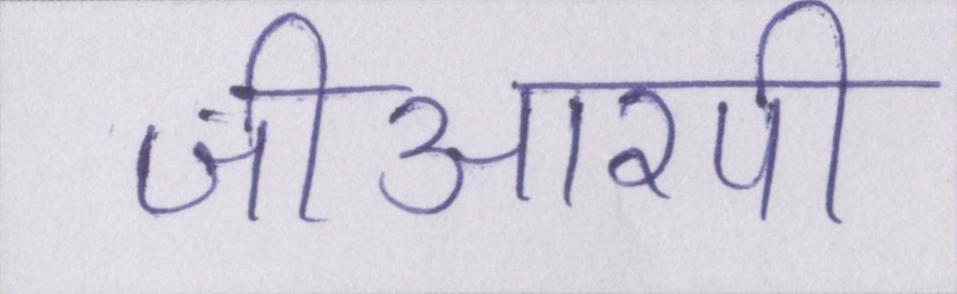
जीआरपी